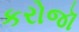
કરોજૉ